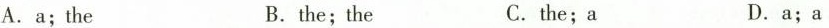
A. a; the B. the; the C. the; a D. a; a